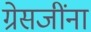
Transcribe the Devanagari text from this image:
ग्रेसजींना